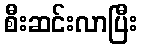
စီးဆင်းလာပြီး